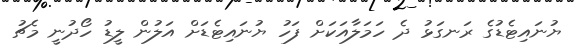
ޔުނައިޓެޑުގެ ރަނގަޅު ދެ ހަމަލާއަކަށް ފަހު ޔުނައިޓެޑަށް އަލުން ލީޑު ހޯދުނީ މެޗު